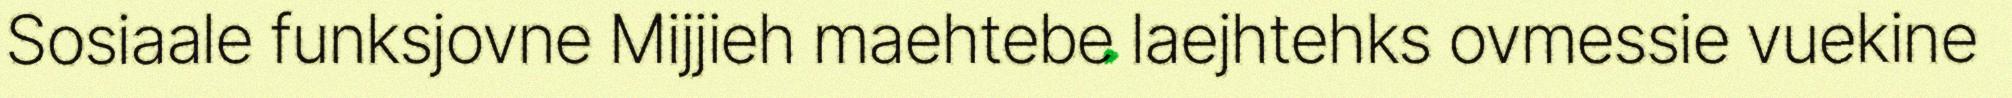
Sosiaale funksjovne Mijjieh maehtebe laejhtehks ovmessie vuekine